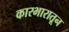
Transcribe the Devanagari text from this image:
कारभारातून